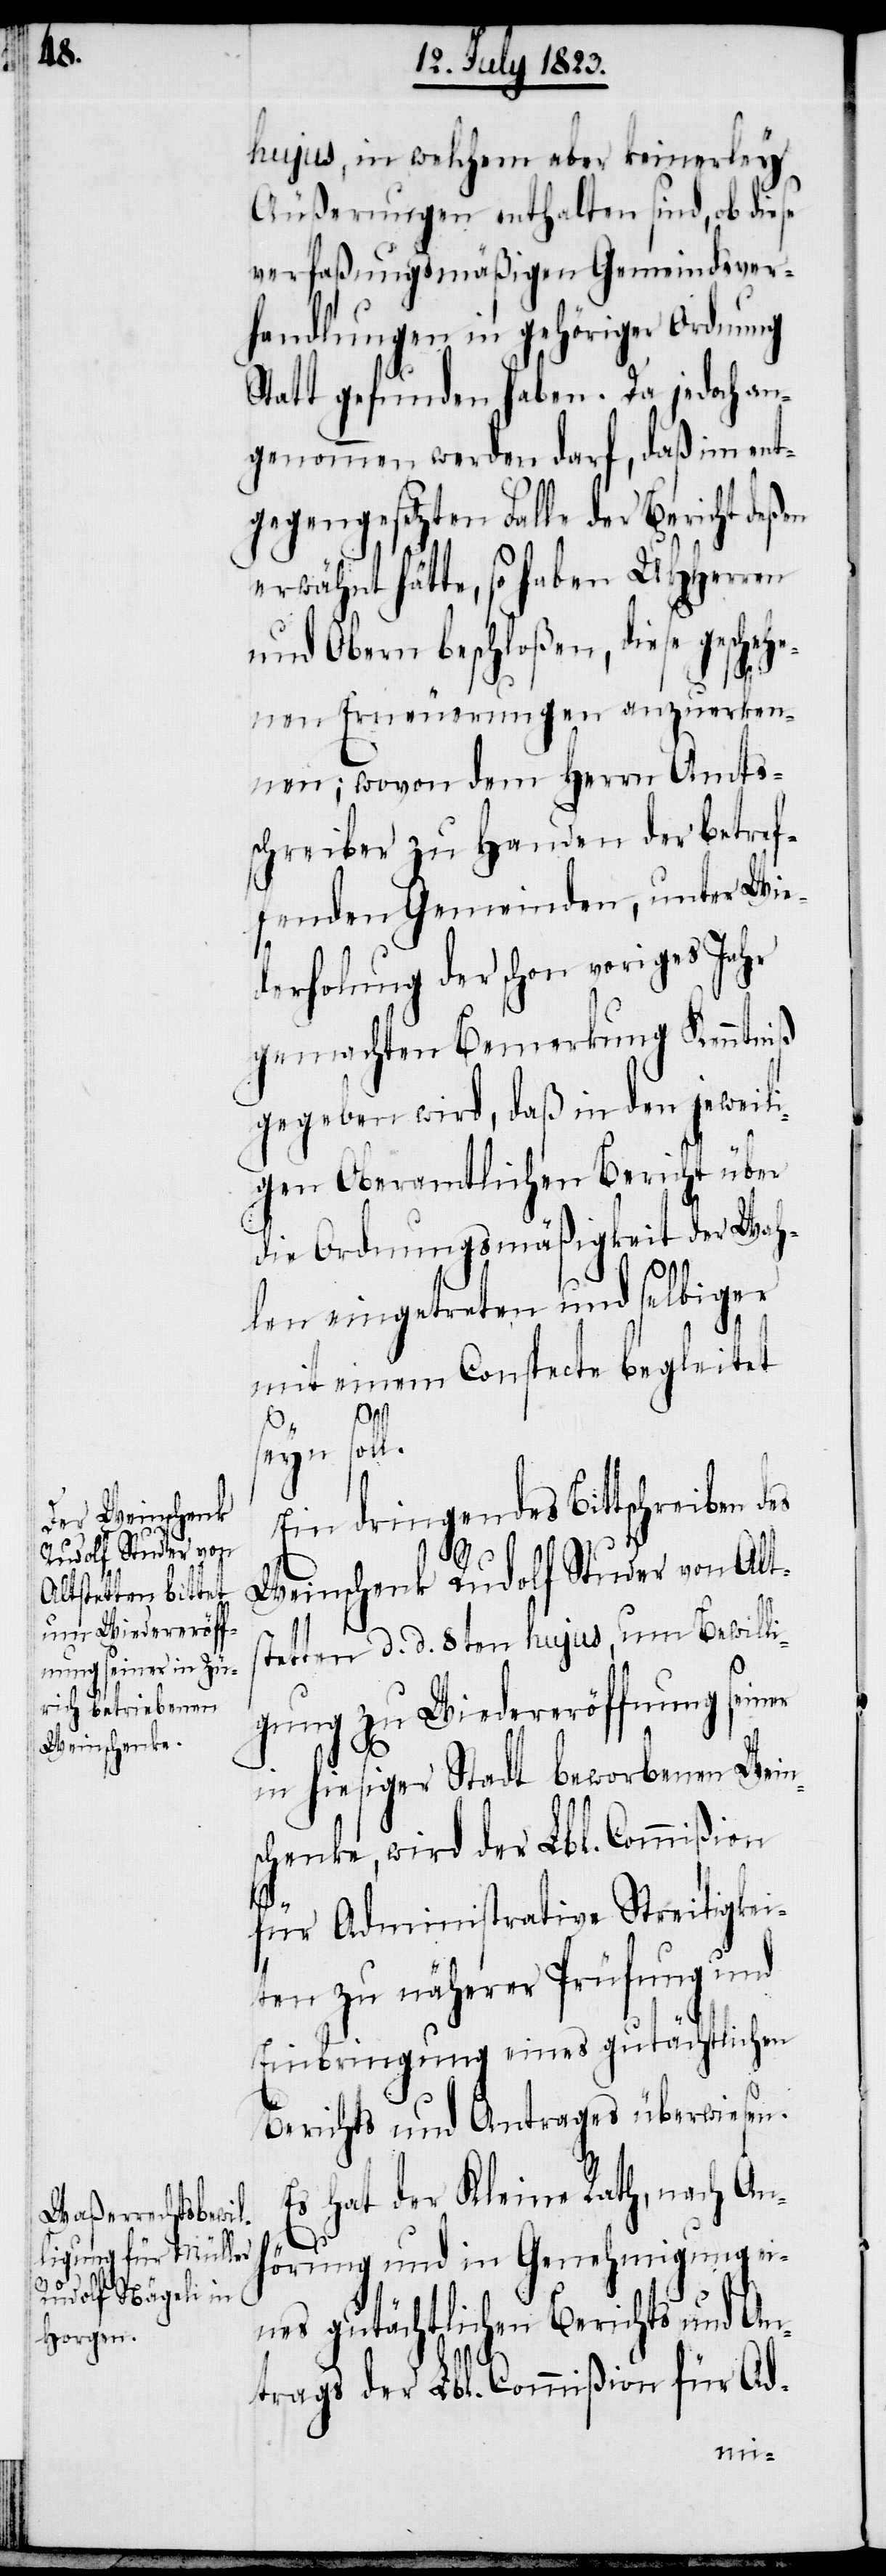
hujus, in welchem aber keinerley
Äußerungen enthalten sind, ob diese
verfaßungsmäßigen Gemeindsver¬
handlungen in gehöriger Ordnung
Statt gefunden haben. Da jedoch an¬
genommen werden darf, daß im ent¬
gegengesetzten Falle der Bericht deßen
erwähnt hätte, so haben UHHerren
und Obern beschloßen, diese gescheh¬
enen Erneuerungen anzuerken¬
nen; wovon dem Herrn Amts¬
schreiber zu Handen der betref¬
fenden Gemeinden, unter Wie¬
derholung der schon voriges Jahr
gemachten Bemerkung Kenntniß
gegeben wird, daß in den jeweili¬
gen Oberamtlichen Bericht über
die Ordnungsmäßigkeit der Wah¬
len eingetreten und selbiger
mit einem Conspecte begleitet
seyn soll.
Ein dringendes Bittschreiben
h¬
Weinschenk Rudolf Studer von Alt¬
stetten d. d. 8ten hujus, um Bewilli¬
gung zu Wiedereröffnung seiner
in hiesiger Stadt beworbenen Wein¬
schenke, wird der Lbl. Commißion
für Administrative Streitigkei¬
ten zu näherer Prüfung und
Einbringung eines gutächtlichen
Berichts und Antrages überwiesen.
Es hat der Kleine Rath, nach An¬
örung und in Genehmigung ei¬
nes gutächtlichen Berichts und An¬
trags der Lbl. Commißion für Ad-